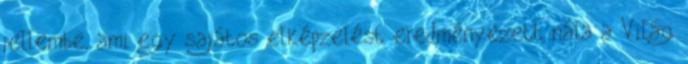
jellembe, ami egy sajátos elképzelést eredményezett nála a Világ